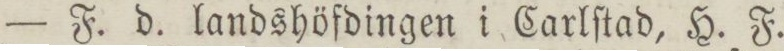
— F. d. landshöfdingen i Carlſtad, H. F.